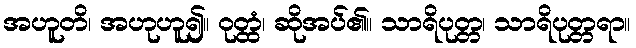
အဟူတိ၊ အဟုဟူ၍။ ဝုတ္ထံ၊ ဆိုအပ်၏။ သာရိပုတ္တ၊ သာရိပုတ္တရာ။